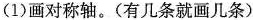
(1)画对称轴。(有几条就画几条)